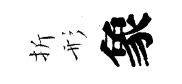
折形象